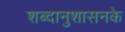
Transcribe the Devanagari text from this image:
शब्दानुशासनके